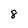
Character: 8